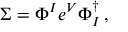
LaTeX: \Sigma = \Phi ^ { I } e ^ { V } \Phi _ { I } ^ { \dagger } \, ,